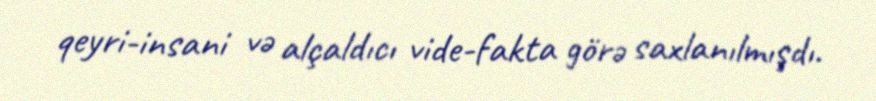
qeyri-insani və alçaldıcı vide-fakta görə saxlanılmışdı.